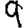
Digit: 9